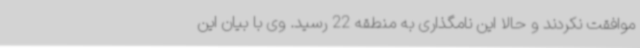
موافقت نکردند و حالا این نامگذاری به منطقه 22 رسید. وی با بیان این